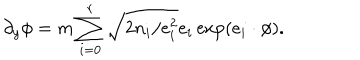
\partial _ { y } \phi = m \sum _ { i = 0 } ^ { r } \sqrt { 2 n _ { i } / e _ { i } ^ { 2 } } e _ { i } \exp ( e _ { i } \cdot \phi ) .